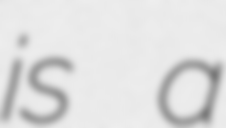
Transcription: is a